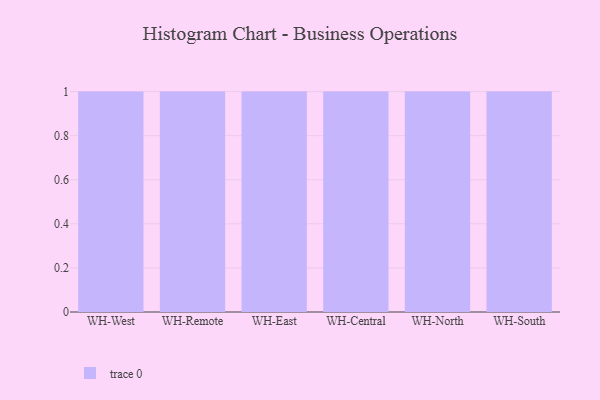
{"axis": {"x": "Warehouse", "y": "Net Income (USD K)"}, "legend": [""], "data": [{"x": "WH-West", "y": 23, "type": ""}, {"x": "WH-Remote", "y": 35, "type": ""}, {"x": "WH-East", "y": 56, "type": ""}, {"x": "WH-Central", "y": 76, "type": ""}, {"x": "WH-North", "y": 78, "type": ""}, {"x": "WH-South", "y": 43, "type": ""}]}